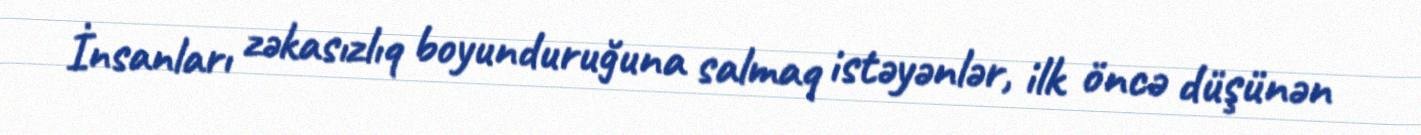
İnsanları zəkasızlıq boyunduruğuna salmaq istəyənlər, ilk öncə düşünən